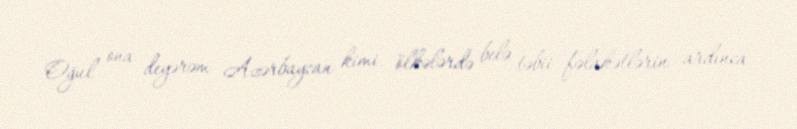
Oğul ona deyərəm Azərbaycan kimi ölkələrdə belə təbii fəlakətlərin ardınca